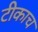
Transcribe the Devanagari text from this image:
टीकाच